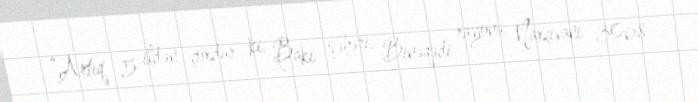
“Artıq 5 ildən çoxdur ki, Bakı şəhəri, Binəqədi rayonu, Naxçıvani 3068